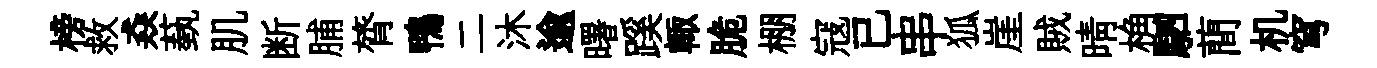
榜救猋蓺肌断脯膂鴨二沐逾曙蹊輙脆棚寇已串狐崖賊晴桷駟蕳机穹